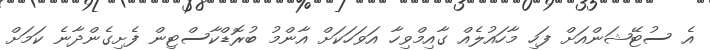
އެ ސުޓޭޝަންއަށް ފަހި މާހައުލެއް ގާއިމްވިހާ އަވަހަކަށް އާންމު ބުރޮޑްކާސްޓިން ފެށިގެންދާނެ ކަމަށް